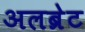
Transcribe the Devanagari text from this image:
अलब्रेट